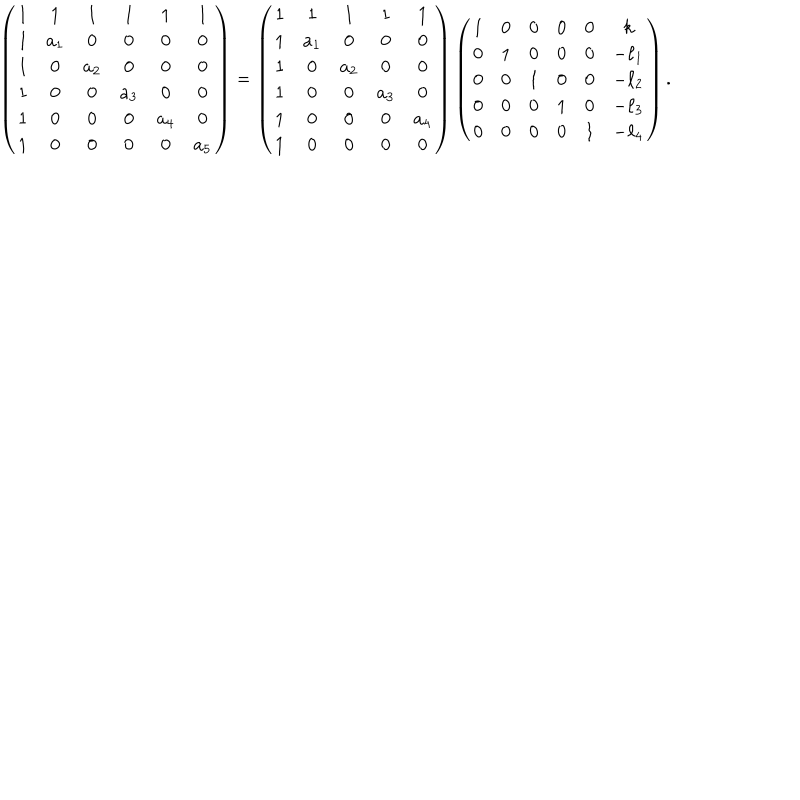
LaTeX: \left( \begin{array} { c c c c c c } { { 1 } } & { { 1 } } & { { 1 } } & { { 1 } } & { { 1 } } & { { 1 } } \\ { { 1 } } & { { a _ { 1 } } } & { { 0 } } & { { 0 } } & { { 0 } } & { { 0 } } \\ { { 1 } } & { { 0 } } & { { a _ { 2 } } } & { { 0 } } & { { 0 } } & { { 0 } } \\ { { 1 } } & { { 0 } } & { { 0 } } & { { a _ { 3 } } } & { { 0 } } & { { 0 } } \\ { { 1 } } & { { 0 } } & { { 0 } } & { { 0 } } & { { a _ { 4 } } } & { { 0 } } \\ { { 1 } } & { { 0 } } & { { 0 } } & { { 0 } } & { { 0 } } & { { a _ { 5 } } } \\ \end{array} \right) = \left( \begin{array} { c c c c c } { { 1 } } & { { 1 } } & { { 1 } } & { { 1 } } & { { 1 } } \\ { { 1 } } & { { a _ { 1 } } } & { { 0 } } & { { 0 } } & { { 0 } } \\ { { 1 } } & { { 0 } } & { { a _ { 2 } } } & { { 0 } } & { { 0 } } \\ { { 1 } } & { { 0 } } & { { 0 } } & { { a _ { 3 } } } & { { 0 } } \\ { { 1 } } & { { 0 } } & { { 0 } } & { { 0 } } & { { a _ { 4 } } } \\ { { 1 } } & { { 0 } } & { { 0 } } & { { 0 } } & { { 0 } } \\ \end{array} \right) \left( \begin{array} { c c c c c c } { { 1 } } & { { 0 } } & { { 0 } } & { { 0 } } & { { 0 } } & { { k } } \\ { { 0 } } & { { 1 } } & { { 0 } } & { { 0 } } & { { 0 } } & { { - \ell _ { 1 } } } \\ { { 0 } } & { { 0 } } & { { 1 } } & { { 0 } } & { { 0 } } & { { - \ell _ { 2 } } } \\ { { 0 } } & { { 0 } } & { { 0 } } & { { 1 } } & { { 0 } } & { { - \ell _ { 3 } } } \\ { { 0 } } & { { 0 } } & { { 0 } } & { { 0 } } & { { 1 } } & { { - \ell _ { 4 } } } \\ \end{array} \right) .